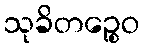
သုခိတဉ္စေဝ